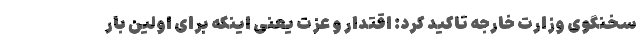
سخنگوی وزارت خارجه تاکید کرد: اقتدار و عزت یعنی اینکه برای اولین بار